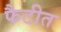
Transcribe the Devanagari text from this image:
फैटीत